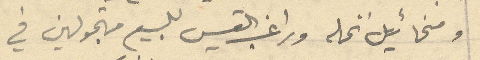
ومخئيل نخله وراغب القيس للبيع متجولين في